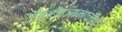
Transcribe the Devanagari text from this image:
तंत्रज्ञानाचीही